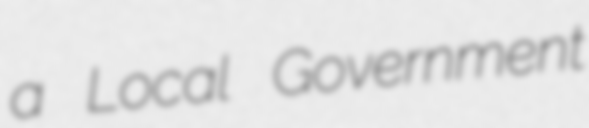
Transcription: a Local Government